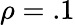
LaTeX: \rho=.1